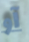
آو